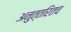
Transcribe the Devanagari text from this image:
अनुत्तरितच